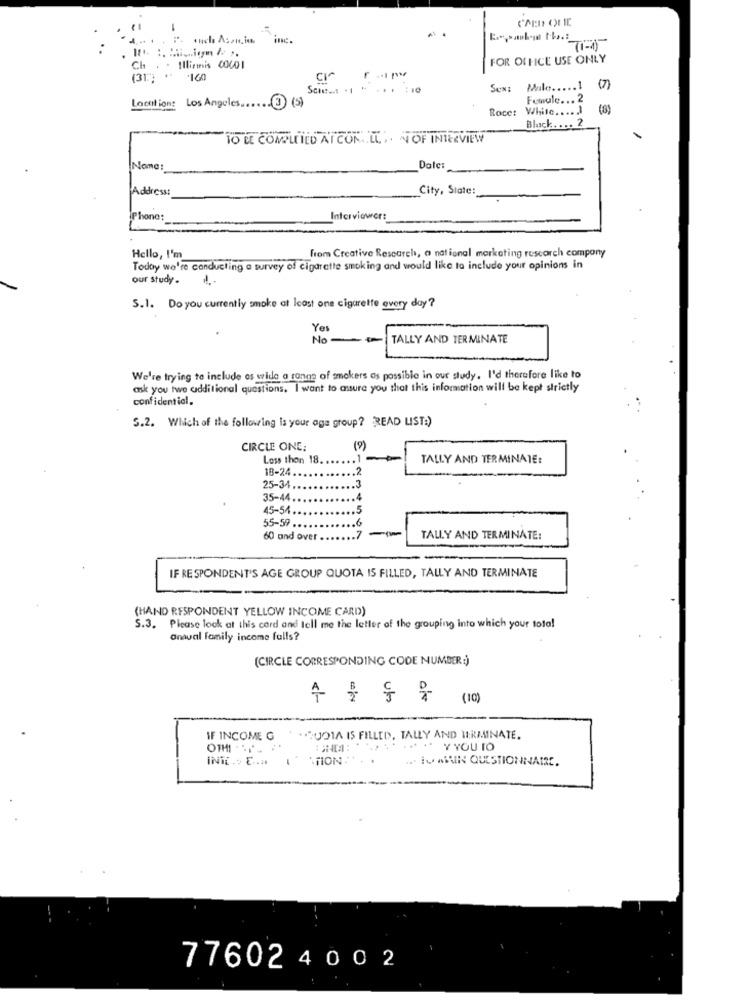
1
4 ..... :- anch Assin
71-15
FOR OFFICE USE ONLY
Ch . . Illinnis 00001
(31) **
.160
...
Sex: Malo ..... 1
(7)
Location: Los Angeles ...... 3 (5)
Female ... 2
Roce:
While. ... . )
(6)
Black. ... 2
TO BE COMPLETED ATCON. . IL. . . NOF INTERVIEW
Nome:
Date:
Address:
City, State:
Phone:
Interviewers
from Creative Rescarch, a national marketing research company
Hello, I'm
Today we're conducting a survey of cigarette smoking and would like to include your opinions in
our study. ...
5.1. Do you currently smoke at least one cigarette every day?
Yes
No-
-
TALLY AND TERMINATE
We're trying to include os wide a range of smokers as possible in our study. I'd therefore like to
ask you two additional questions. I want to assure you that this information will be kept strictly
confidential.
S.2. Which of the following is your age group? READ LIST:)
CIRCLE ONE:
(9)
Loss thon 18 ..
TALLY AND TERMINATE:
18-24.
25-34
35-44.
45-54.
.5
.6
55-59 ..
.7
60 and over .
TALLY AND TERMINATE:
IF RESPONDENT'S AGE GROUP QUOTA IS FILLED, TALLY AND TERMINATE
(HAND RESPONDENT YELLOW INCOME CARD)
5.3. Please look at this card and tell me the letter of the grouping into which your tota!
anaval family income falls?
(CIRCLE CORRESPONDING CODE NUMBER :)
수를 등을
IF INCOME G
*QUOIA IS FILLED, TALLY AND TERMINATE.
INTE .: E ...
"TION
... IVGAIN QUESTIONNAIRE.
776024002